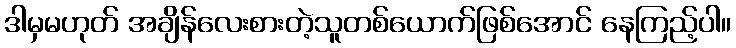
ဒါမှမဟုတ် အချိန်လေးစားတဲ့သူတစ်ယောက်ဖြစ်အောင် နေကြည့်ပါ။